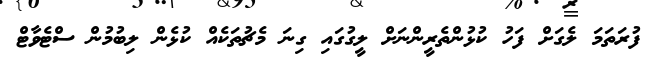
ފުރަތަމަ ލެގަށް ފަހު ކުޅުންތެރީންނަށް ލީގުގައި ގިނަ މެޗުތަކެއް ކުޅެން ލިބުމުން ސްޓެވާޓް